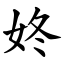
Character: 㚵